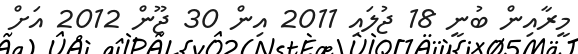
މީރާއިން ބުނީ 18 ޖުލައި 2011 އިން 30 ޖޫން 2012 އަށް